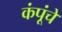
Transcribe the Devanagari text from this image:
कंपूंचे